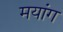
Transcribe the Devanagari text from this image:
मयांग